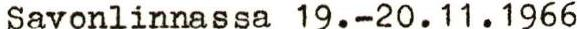
Savonlinnassa 19.-20.11.1966